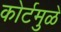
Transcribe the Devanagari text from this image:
कोर्टमुळे